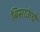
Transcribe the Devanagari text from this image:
बिसाऊंचे